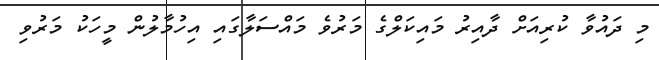
މި ދައުވާ ކުރިއަށް ދާއިރު މައިކަލްގެ މަރުވެ މައްސަލާގައި އިހުމާލުން މީހަކު މަރުވި